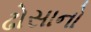
ઢોસાનો